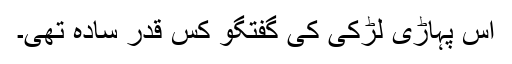
اس پہاڑی لڑکی کی گفتگو کس قدر سادہ تھی۔